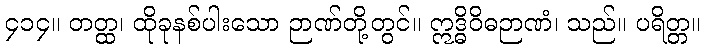
၄၁၄။ တတ္ထ၊ ထိုခုနစ်ပါးသော ဉာဏ်တို့တွင်။ ဣဒ္ဓိဝိဓဉာဏံ၊ သည်။ ပရိတ္တ။